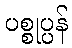
ပစ္စုပ္ပန်